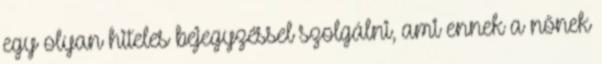
egy olyan hiteles bejegyzéssel szolgálni, ami ennek a nőnek